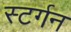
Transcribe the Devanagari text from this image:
स्टर्गन